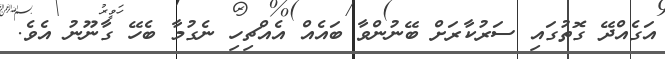
އަގެއްދޭ ގޮތުގައި ސަރުކާރަށް ބޭނުންވާ ބައެއް އެއްޗިހި ނެގުމާ ބެހޭ ގާނޫނު އެވެ.